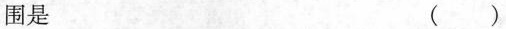
围是 （）